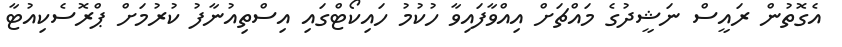
އެގޮތުން ރައީސް ނަޝީދުގެ މައްޗަށް އިއްވާފައިވާ ހުކުމު ހައިކޯޓްގައި އިސްތިއުނާފު ކުރުމަށް ޕްރޮސެކިއުޓާ